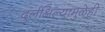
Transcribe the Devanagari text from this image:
दुर्लक्षिल्यामुळेही